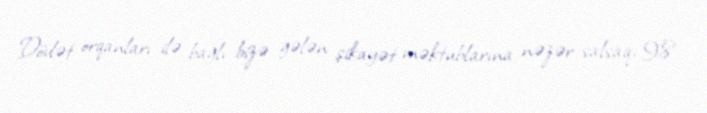
Dövlət orqanları ilə bağlı bizə gələn şikayət məktublarına nəzər salsaq, 98